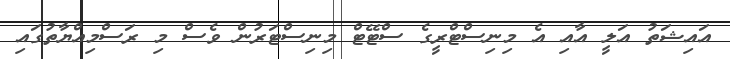
އައިޝަތު އަލީ އާއި އެ މިނިސްޓްރީގެ ސްޓޭޓް މިނިސްޓަރުން ވެސް މި ރަސްމިއްޔާތުގައި